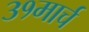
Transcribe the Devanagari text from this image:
३१मार्च